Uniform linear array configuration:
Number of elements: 48
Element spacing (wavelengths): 0.75
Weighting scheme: cosine
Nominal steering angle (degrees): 15
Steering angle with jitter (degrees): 14.898
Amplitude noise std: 0.05
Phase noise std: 0.05

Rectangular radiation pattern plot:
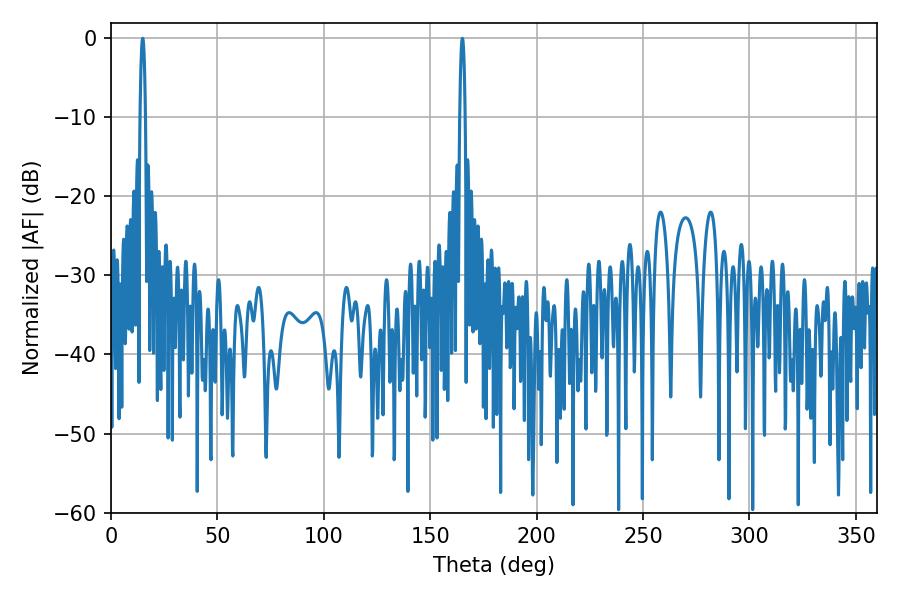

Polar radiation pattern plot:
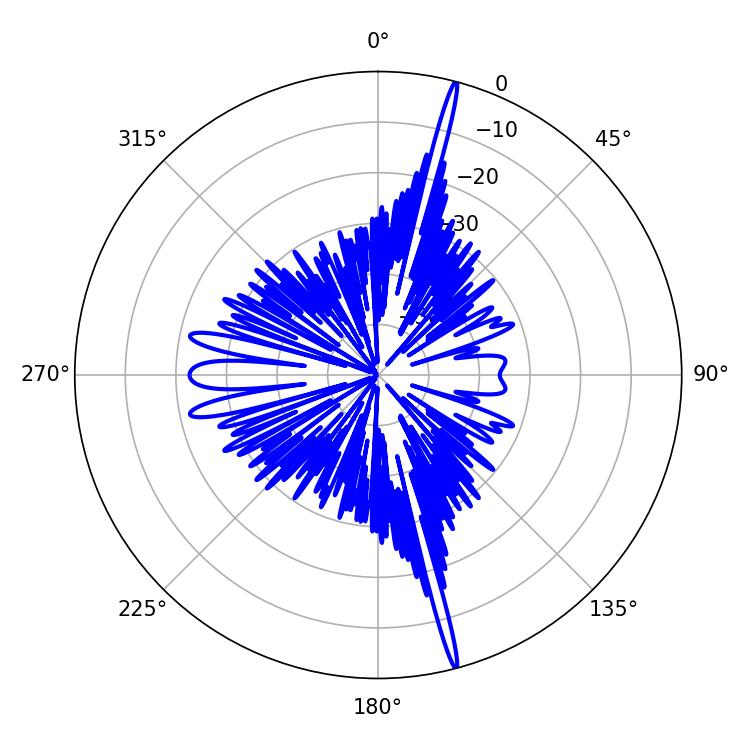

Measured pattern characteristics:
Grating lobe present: TRUE
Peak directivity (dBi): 21.899
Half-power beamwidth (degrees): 1.26
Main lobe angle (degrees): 165.06